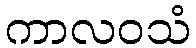
ကာလဝသံ